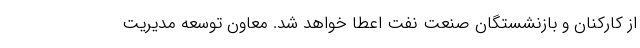
از کارکنان و بازنشستگان صنعت نفت اعطا خواهد شد. معاون توسعه مدیریت